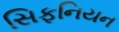
સિફનિયન